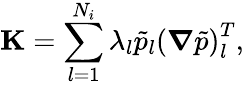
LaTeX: \mathbf{K}=\sum_{l=1}^{N_{i}}\lambda_{l}\tilde{p}_{l}\left(\boldsymbol{\nabla}\tilde{p}\right)_{l}^{T},